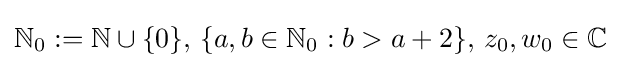
\mathbb {N} _{0}:=\mathbb {N} \cup \{0\},\,\{a,b\in \mathbb {N} _{0}:b>a+2\},\,z_{0},w_{0}\in \mathbb {C}